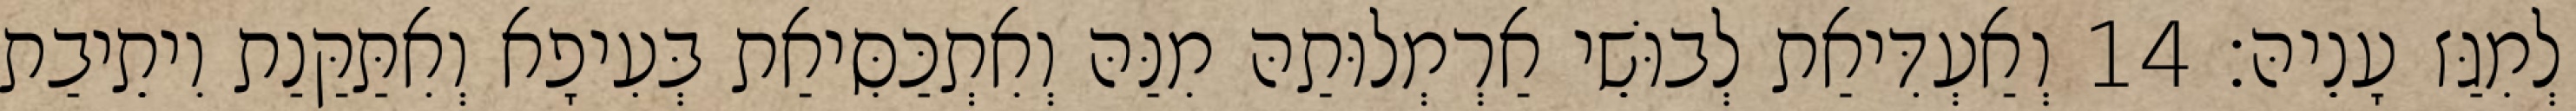
לְמִגַּז עָנֵיהּ׃ 14 וְאַעְדִּיאַת לְבוּשֵׁי אַרְמְלוּתַהּ מִנַּהּ וְאִתְכַּסִּיאַת בְּעִיפָא וְאִתַּקַּנַת וִיתֵיבַת